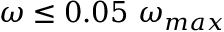
\omega \leq 0 . 0 5 \ \omega _ { m a x }